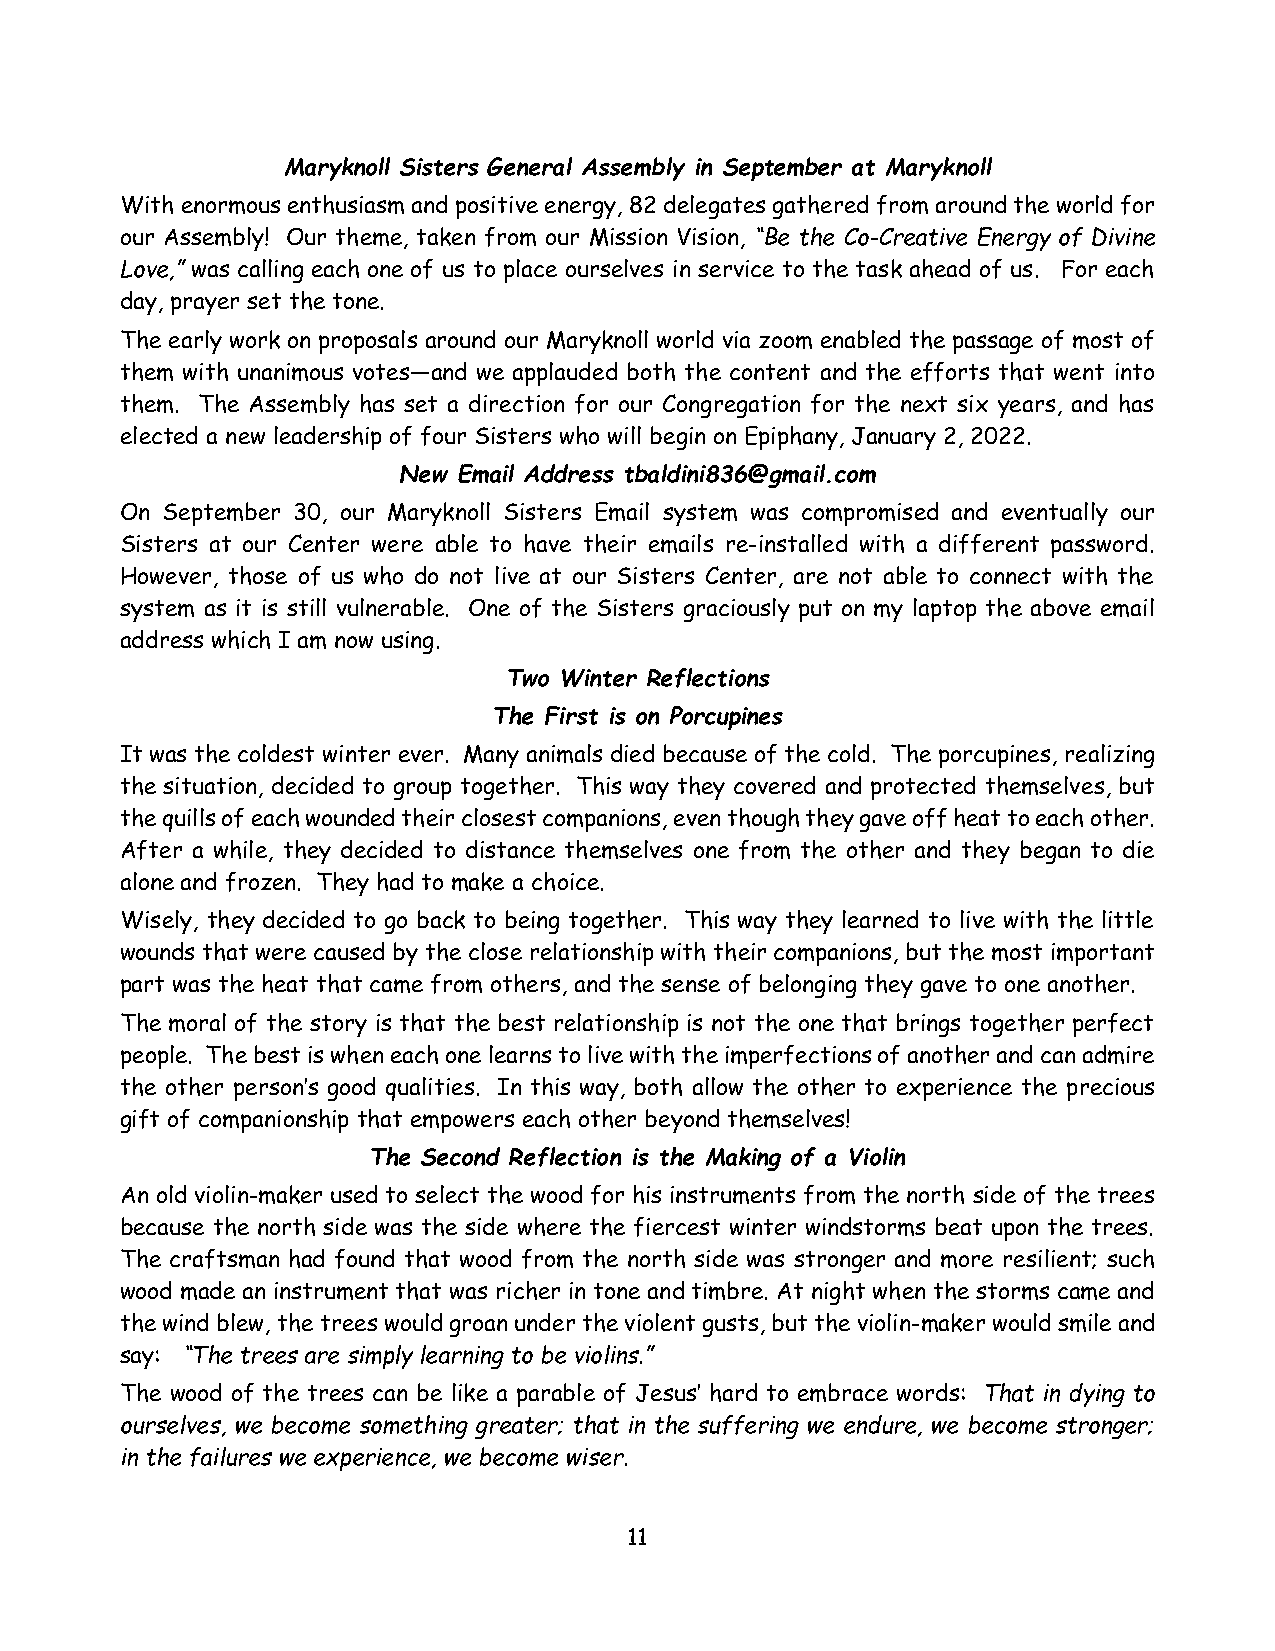
Maryknoll Sisters General Assembly in September at Maryknoll
 With enormous enthusiasm and positive energy, 82 delegates gathered from around the world for
 our Assembly! Our theme, taken from our Mission Vision, “Be the Co-Creative Energy of Divine
 Love,” was calling each one of us to place ourselves in service to the task ahead of us. For each
 day, prayer set the tone.
 The early work on proposals around our Maryknoll world via zoom enabled the passage of most of
 them with unanimous votes—and we applauded both the content and the efforts that went into
 them. The Assembly has set a direction for our Congregation for the next six years, and has
 elected a new leadership of four Sisters who will begin on Epiphany, January 2, 2022.
 New Email Address tbaldini836@gmail.com
 On September 30, our Maryknoll Sisters Email system was compromised and eventually our
 Sisters at our Center were able to have their emails re-installed with a different password.
 However, those of us who do not live at our Sisters Center, are not able to connect with the
 system as it is still vulnerable. One of the Sisters graciously put on my laptop the above email
 address which I am now using.
 Two Winter Reflections
 The First is on Porcupines
 It was the coldest winter ever. Many animals died because of the cold. The porcupines, realizing
 the situation, decided to group together. This way they covered and protected themselves, but
 the quills of each wounded their closest companions, even though they gave off heat to each other.
 After a while, they decided to distance themselves one from the other and they began to die
 alone and frozen. They had to make a choice.
 Wisely, they decided to go back to being together. This way they learned to live with the little
 wounds that were caused by the close relationship with their companions, but the most important
 part was the heat that came from others, and the sense of belonging they gave to one another.
 The moral of the story is that the best relationship is not the one that brings together perfect
 people. The best is when each one learns to live with the imperfections of another and can admire
 the other person’s good qualities. In this way, both allow the other to experience the precious
 gift of companionship that empowers each other beyond themselves!
 The Second Reflection is the Making of a Violin
 An old violin-maker used to select the wood for his instruments from the north side of the trees
 because the north side was the side where the fiercest winter windstorms beat upon the trees.
 The craftsman had found that wood from the north side was stronger and more resilient; such
 wood made an instrument that was richer in tone and timbre. At night when the storms came and
 the wind blew, the trees would groan under the violent gusts, but the violin-maker would smile and
 say: “The trees are simply learning to be violins.”
 The wood of the trees can be like a parable of Jesus’ hard to embrace words: That in dying to
 ourselves, we become something greater; that in the suffering we endure, we become stronger;
 in the failures we experience, we become wiser.
 11